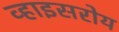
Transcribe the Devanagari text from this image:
व्हाइसरोय